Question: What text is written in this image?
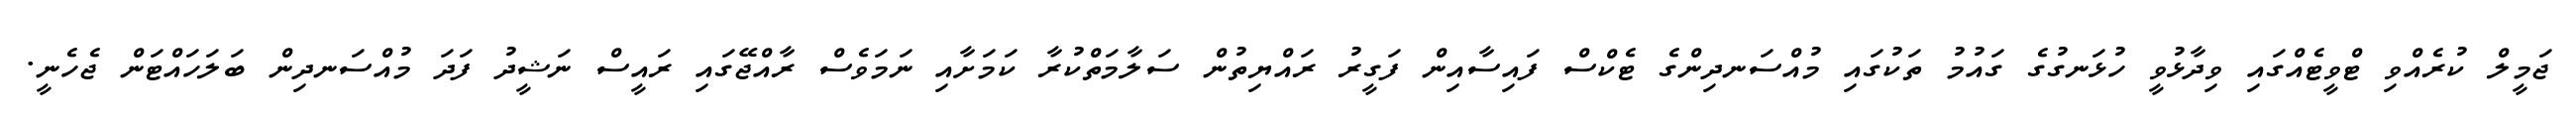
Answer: ޖަމީލް ކުރެއްވި ޓްވީޓެއްގައި ވިދާޅުވީ ހުޅަނގުގެ ގައުމު ތަކުގައި މުއްސަނދިންގެ ޓެކްސް ފައިސާއިން ފަގީރު ރައްޔިތުން ސަލާމަތްކުރާ ކަމަށާއި ނަމަވެސް ރާއްޖޭގައި ރައީސް ނަޝީދު ފަދަ މުއްސަނދިން ބަލަހައްޓަން ޖެހެނީ.